Indian journal of veterinary science and animal husbandry - Volumes 18-21, 1948-1951
Year: 1948
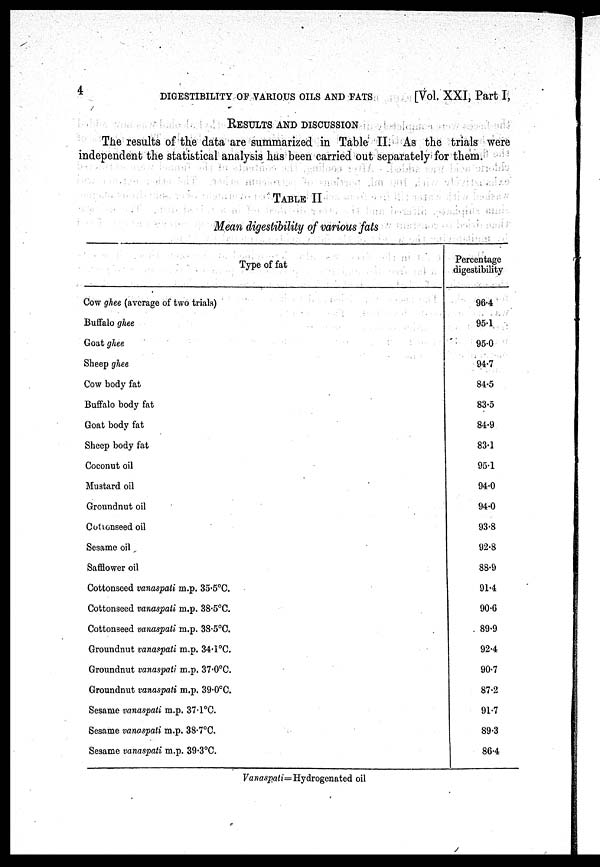
4
DIGESTIBILITY OF VARIOUS OILS AND FATS
[Vol. XXI, Part I,
RESULTS AND DISCUSSION
The results of the data are summarized in Table II. As the trials were
independent the statistical analysis has been carried out separately for them.
TABLE II
Mean digestibility of various fats
Type of fat
Cow ghee (average of two trials)
Buffalo ghee
Goat ghee
Sheep ghee
Cow body fat
Buffalo body fat
Goat body fat
Sheep body fat
Coconut oil
Mustard oil
Groundnut oil
Cottonseed oil
Sesame oil
Safflower oil
Cottonseed vanaspati m.p. 35.5°C.
Cottonseed vanaspati m.p. 38.5°C.
Cottonseed vanaspati m.p. 38.5°C.
Groundnut vanaspati m.p. 34.1°C.
Groundnut vanaspati m.p. 37.0°C.
Groundnut vanaspati m.p. 39.0°C.
Sesame vanaspati m.p. 37.1°C.
Sesame vanaspati m.p. 38.7°C.
Sesame vanaspati m.p. 39.3°C.
Percentage
digestibility
96.4
95.1
95.0
94.7
84.5
83.5
84.9
83.1
95.1
94.0
94.0
93.8
92.8
88.9
91.4
90.6
89.9
92.4
90.7
87.2
91.7
89.3
86.4
Vanaspati=Hydrogenated
oil